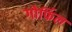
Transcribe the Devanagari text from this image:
गोर्फिल